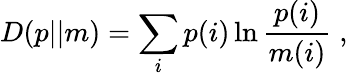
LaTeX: D(p||m)=\sum_{i}p(i)\ln{\frac{p(i)}{m(i)}}\; ,